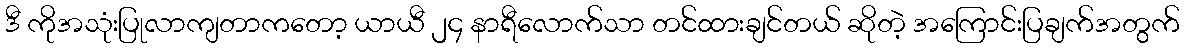
ဒီ ကိုအသုံးပြုလာကျတာကတော့ ယာယီ ၂၄ နာရီလောက်သာ တင်ထားချင်တယ် ဆိုတဲ့ အကြောင်းပြချက်အတွက်